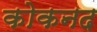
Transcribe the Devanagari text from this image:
कोकनद